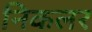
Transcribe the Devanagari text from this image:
निकलर